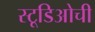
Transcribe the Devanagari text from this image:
स्टूडिओची